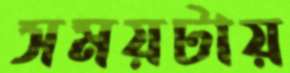
সময়টায়